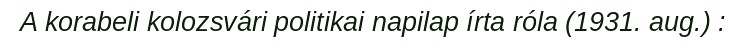
A korabeli kolozsvári politikai napilap írta róla (1931. aug.) :